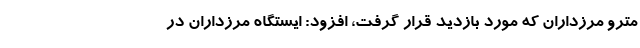
مترو مرزداران که مورد بازدید قرار گرفت، افزود: ایستگاه مرزداران در